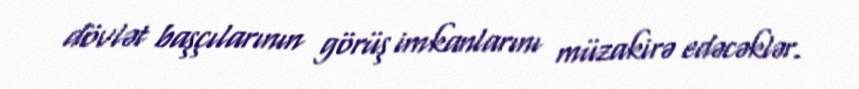
dövlət başçılarının görüş imkanlarını müzakirə edəcəklər.